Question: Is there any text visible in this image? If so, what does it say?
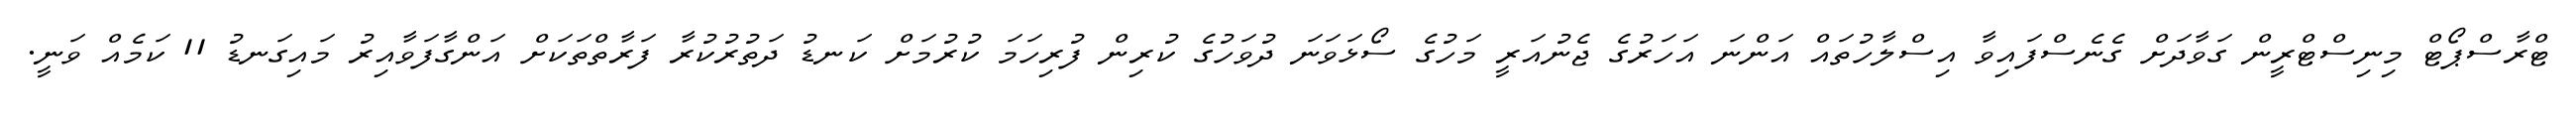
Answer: ޓްރާސްޕޯޓް މިނިސްޓްރީން ގަވާދަށް ގެނެސްފައިވާ އިސްލާހުތައް އަންނަ އަހަރުގެ ޖެނުއަރީ މަހުގެ ސޯޅަވަނަ ދުވަހުގެ ކުރިން ފުރިހަމަ ކުރުމަށް ކަނޑު ދަތުރުކުރާ ފަރާތްތަކަށް އަންގާފަވާއިރު މައިގަނޑު 11 ކަމެއް ވަނީ.